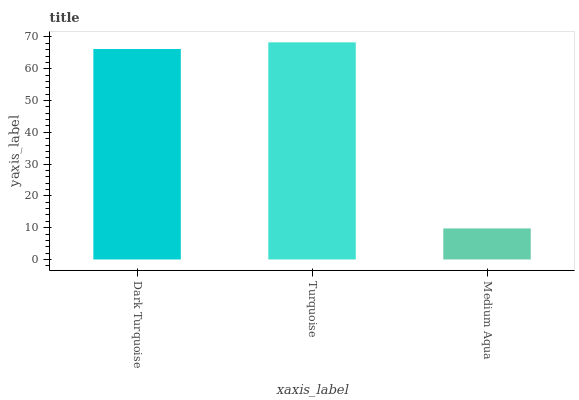
| xaxis_label | bars |
 | --- | --- |
 | Dark Turquoise | 66.2 |
 | Turquoise | 68.3 |
 | Medium Aqua | 9.76 |